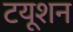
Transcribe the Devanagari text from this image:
टयूशन